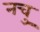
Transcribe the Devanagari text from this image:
नचु